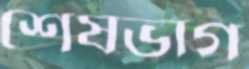
শেষভাগ